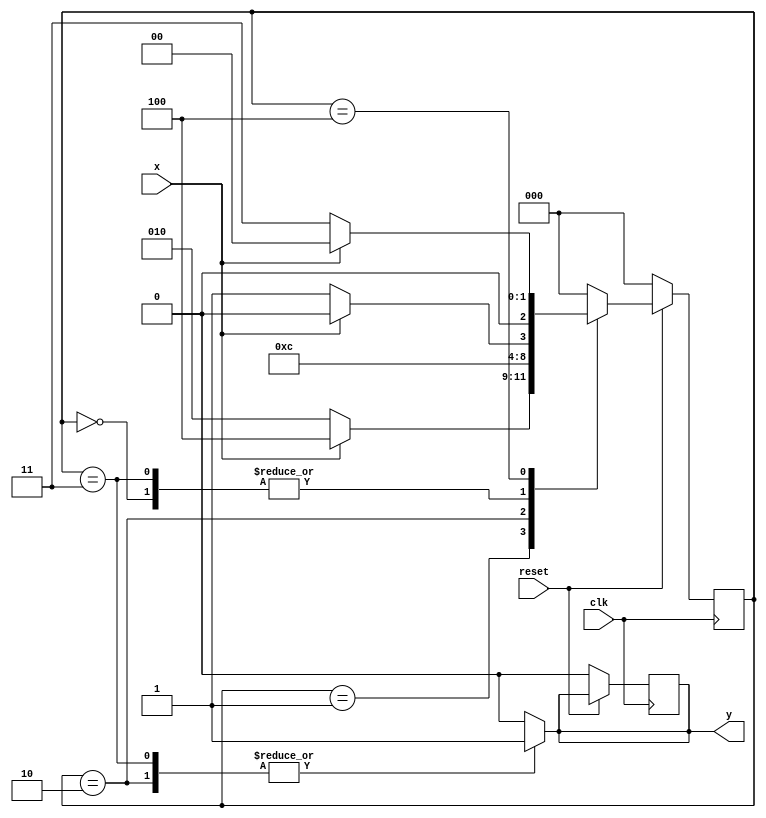
`timescale 1ns / 1ns
`default_nettype none
//////////////////////////////////////////////////////////////////////////////////
// Company: 
// Engineer: 
// 
// Design Name: 
// Module Name: q6_seqdetect
// Project Name: 
// Target Devices: 
// Tool Versions: 
// Description: 
// 
// Dependencies: 
// 
// Revision:
// Revision 0.01 - File Created
// Additional Comments:
// 
//////////////////////////////////////////////////////////////////////////////////


module q6_seqdetect(clk, reset, x, y);
input wire clk;
input wire reset;
input wire x; 
output wire y;
reg [2:0]ps, ns;
reg y_out;
parameter s0 = 0, s1 = 1, s2 = 2, s3 = 3, s4 = 4;
assign y = y_out;
always @(posedge clk) begin
if(~reset) begin
ps <= s0;
y_out <= 0;
end
else begin
ps <= ns;
end
end
always @(x or ps) begin
case(ps)
s0: begin if(~x) ns <= s1; else ns <= s0; y_out = 0;end
s1: begin if(~x) ns <= s2; else ns <= s4; y_out = 0;end
s2: begin ns <= s3; y_out = 1;end
s3: begin if(~x) ns <= s1; else ns <= s0; y_out = 1;end
s4: begin if(~x) ns <= s3; else ns <= s0; y_out = 0;end
default: begin ns <= s0; y_out = 0; end
endcase
end
endmodule